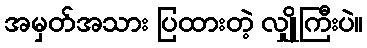
အမှတ်အသား ပြထားတဲ့ လျှိုကြီးပဲ။